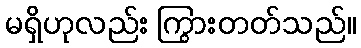
မရှိဟုလည်း ကြွားတတ်သည်။